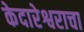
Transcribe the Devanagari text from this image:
केदारेश्वराचा